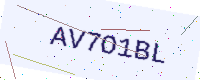
Text: AV7O1BL